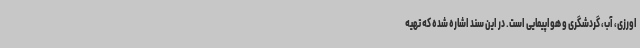
اورزی، آب، گردشگری و هواپیمایی است. در این سند اشاره شده که تهیه‌